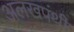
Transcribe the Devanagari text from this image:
अलखपंथी